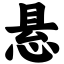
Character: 悬